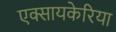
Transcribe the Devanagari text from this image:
एक्सायकेरिया